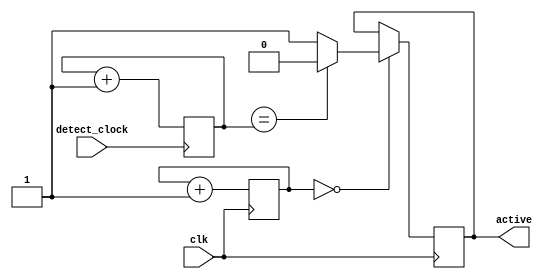
module clock_detect(
    input clk,
    input detect_clock,
    output reg active
);

reg [15:0] cnt;
always @(posedge detect_clock)
begin
    cnt <= cnt+1;
end

reg [7:0] tmr;
reg [15:0] prev;
always @(posedge clk)
begin
    if(tmr==0) begin
        if(prev==cnt)
            active <= 1'b0;
        else
            active <= 1'b1;
    end
    tmr <= tmr+1;
end

endmodule